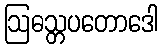
ဩဓသ္တပတောဒေါ